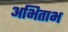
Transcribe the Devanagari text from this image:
अभिताभ